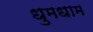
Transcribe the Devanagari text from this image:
धुमधाम